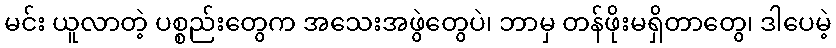
မင်း ယူလာတဲ့ ပစ္စည်းတွေက အသေးအဖွဲတွေပဲ၊ ဘာမှ တန်ဖိုးမရှိတာတွေ၊ ဒါပေမဲ့